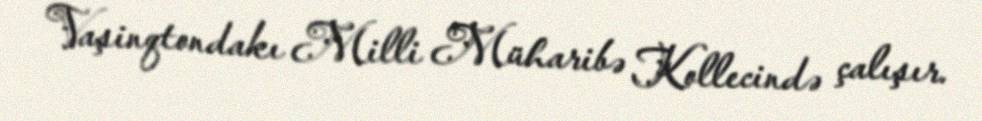
Vaşinqtondakı Milli Müharibə Kollecində çalışır.